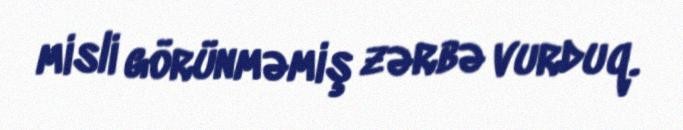
misli görünməmiş zərbə vurduq.